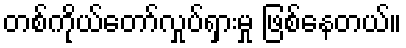
တစ်ကိုယ်တော်လှုပ်ရှားမှု ဖြစ်နေတယ်။